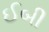
ઈબી